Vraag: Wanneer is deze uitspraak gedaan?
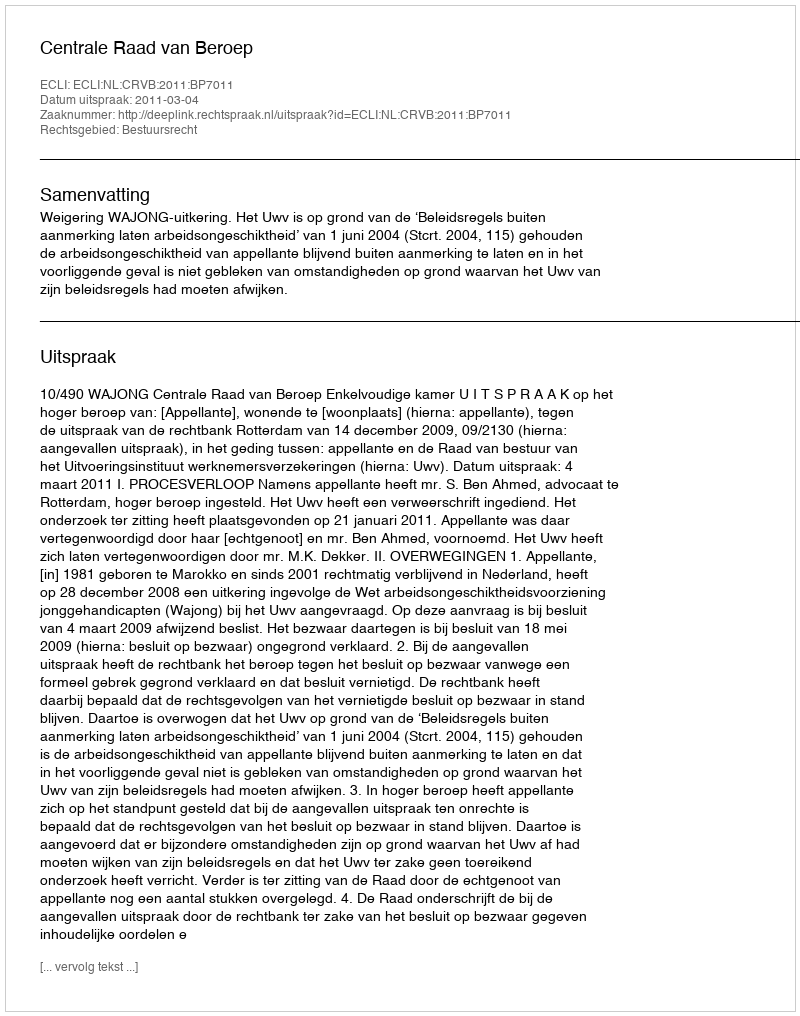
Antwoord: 2011-03-04